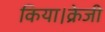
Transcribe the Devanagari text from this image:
किया।क्रेजी